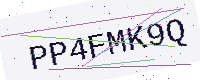
Text: PP4FMK9Q